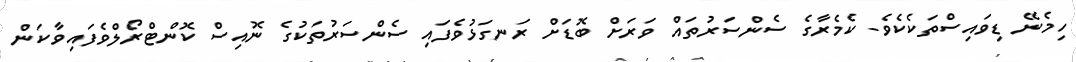
ހިމެނޭ ޑިވައިސްތަކެކެވެ. ކެމެރާގެ ސެންސަރުތައް ވަރަށް ބޮޑަށް ރަނގަޅުވެފައި ސެންސަރުތަކުގެ ނޮއިސް ކޮންޓްރޯލްވެފައިވާކަން